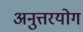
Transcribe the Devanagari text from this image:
अनुत्तरयोग